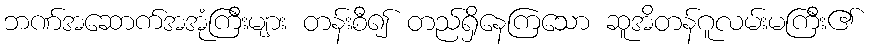
ဘဏ်အဆောက်အအုံကြီးများ တန်းစီ၍ တည်ရှိနေကြသော ဆူအိတန်ဂူလမ်းမကြီး၏